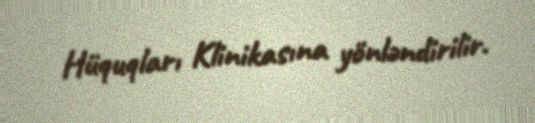
Hüquqları Klinikasına yönləndirilir.